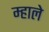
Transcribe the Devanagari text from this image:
म्हाले